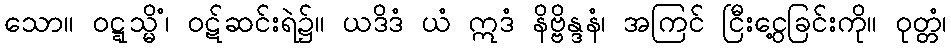
သော။ ဝဋ္ဋသ္မိံ၊ ဝဋ်ဆင်းရဲ၌။ ယဒိဒံ ယံ ဣဒံ နိဗ္ဗိန္ဒနံ၊ အကြင် ငြီးငွေ့ခြင်းကို။ ဝုတ္တံ၊